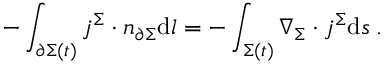
- \int _ { \partial \Sigma ( t ) } \boldsymbol { j } ^ { \Sigma } \cdot \boldsymbol { n } _ { \partial \Sigma } \mathrm { d } l = - \int _ { \Sigma ( t ) } \nabla _ { \Sigma } \cdot \boldsymbol { j } ^ { \Sigma } \mathrm { d } s \; .